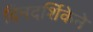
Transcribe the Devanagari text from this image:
दिनदर्शिकेने